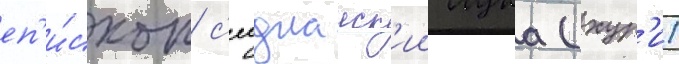
еп'и́скоп с'еиднаиск'ии лука (хур'и)